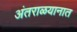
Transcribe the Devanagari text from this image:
अंतराळयानात